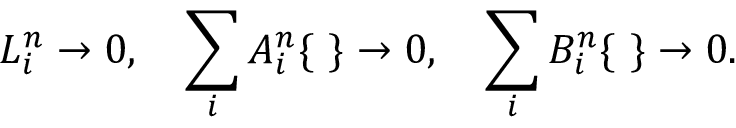
L _ { i } ^ { n } \rightarrow 0 , \quad \sum _ { i } { \cal A } _ { i } ^ { n } \{ \ \} \rightarrow 0 , \quad \sum _ { i } { \cal B } _ { i } ^ { n } \{ \ \} \rightarrow 0 .